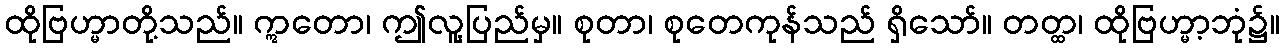
ထိုဗြဟ္မာတို့သည်။ ဣတော၊ ဤလူ့ပြည်မှ။ စုတာ၊ စုတေကုန်သည် ရှိသော်။ တတ္ထ၊ ထိုဗြဟ္မာ့ဘုံ၌။